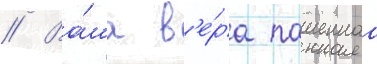
// Ва́ша в'е́ра пашеннаа